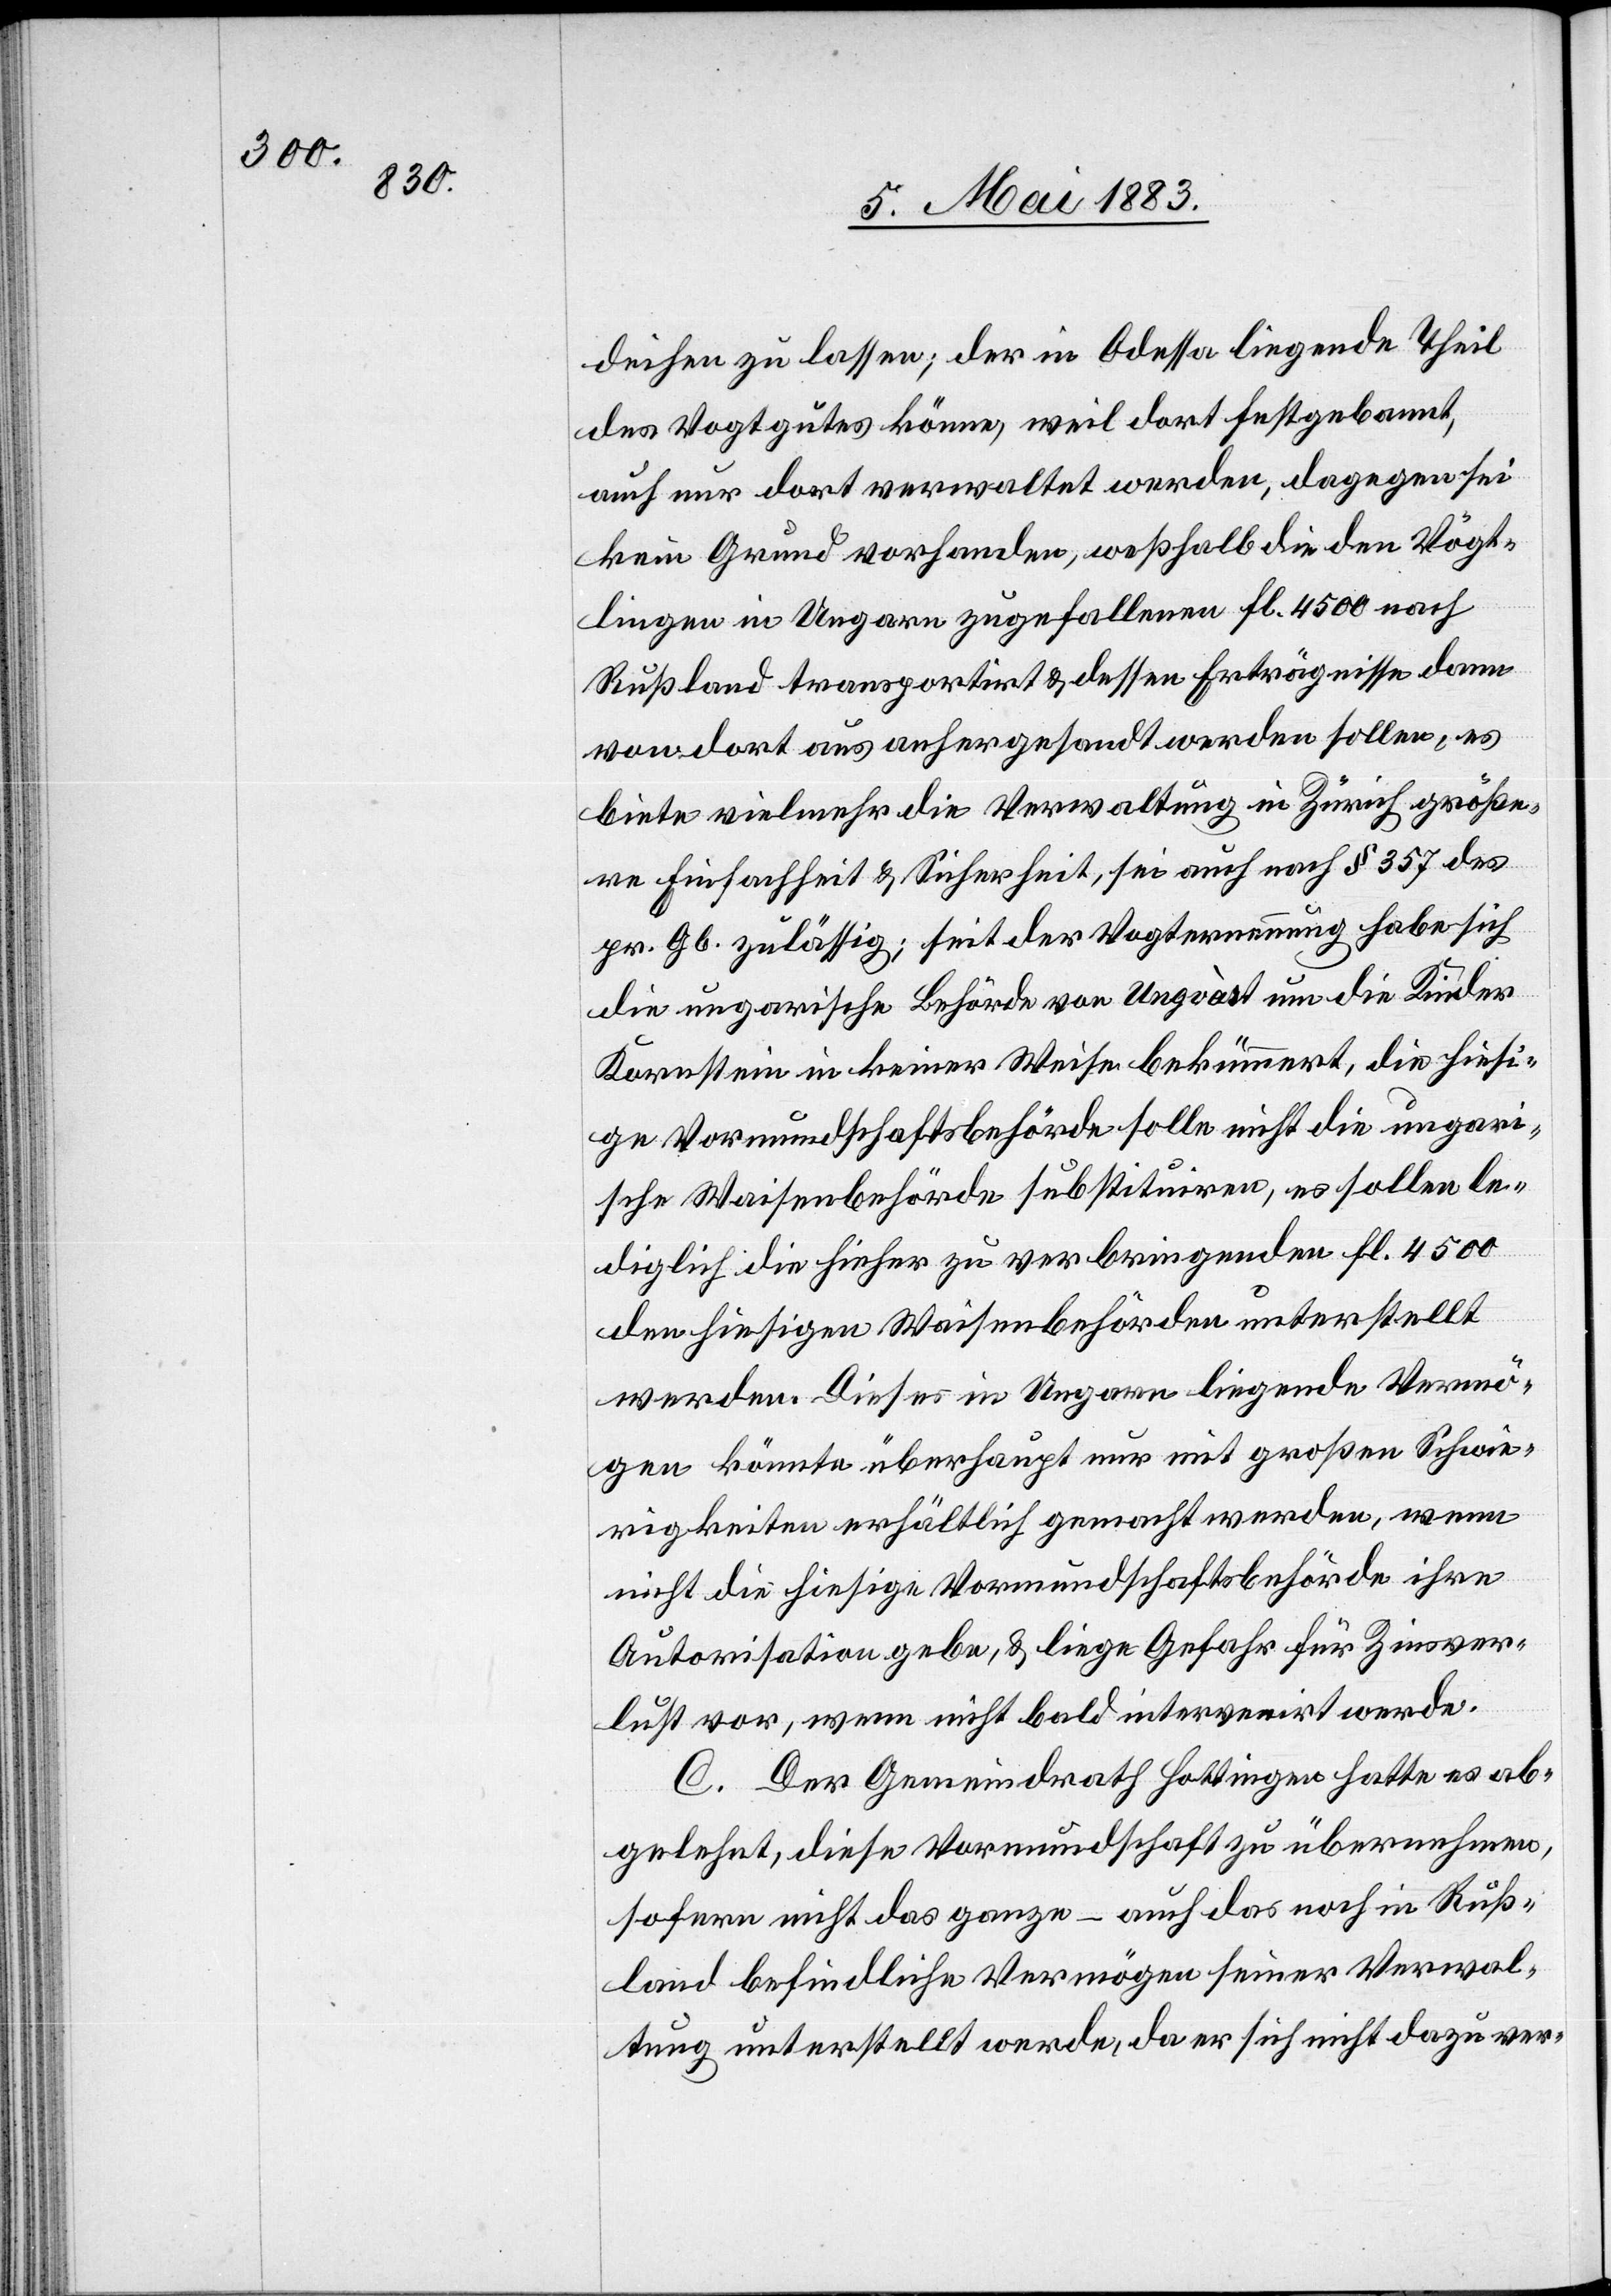
deihen zu lassen; der in Odessa liegende Theil
des Vogtgutes könne, weil dort festgebannt,
auch nur dort verwaltet werden, dagegen sei
kein Grund vorhanden, weßhalb die den Vögt¬
lingen in Ungarn zugefallenen Fl. 4500 nach
Rußland transportirt & dessen Erträgnisse dann
von dort aus anhergesandt werden sollen, es
biete vielmehr die Verwaltung in Zürich größe¬
re Einfachheit & Sicherheit, sei auch nach § 357 des
pr. Gb. zulässig; seit der Vogternennung habe sich
die ungarische Behörde von Ungvàst um die Kinder
Kornstein in keiner Weise bekümmert, die hiesi¬
ge Vormundschaftsbehörde solle nicht die ungari¬
sche Waisenbehörde substituiren, es sollen le¬
diglich die hieher zu verbringenden Fl. 4500
den hiesigen Waisenbehörden unterstellt
werden. Dieses in Ungarn liegende Vermö¬
gen könnte überhaupt nur mit großen Schwie¬
rigkeiten erhältlich gemacht werden, wenn
nicht die hiesige Vormundschaftsbehörde ihre
Autorisation gebe, & liege Gefahr für Zinsver¬
lust vor, wenn nicht bald intervenirt werde.
C. Der Gemeindrath Hottingen hatte es ab¬
gelehnt, diese Vormundschaft zu übernehmen,
sofern nicht das ganze – auch das noch in Ruß¬
land befindliche Vermögen seiner Verwal¬
tung unterstellt werde, da er sich nicht dazu ver-